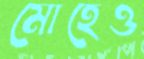
মোহেও